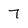
Character: 7